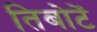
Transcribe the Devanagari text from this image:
तिबोटें